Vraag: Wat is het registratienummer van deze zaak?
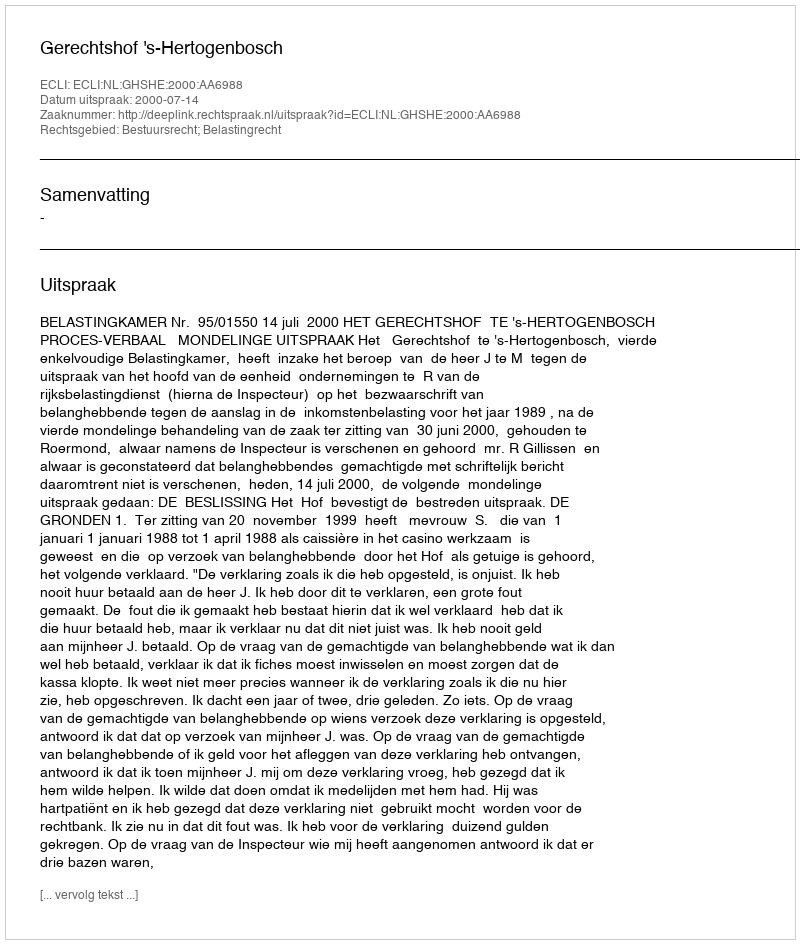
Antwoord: http://deeplink.rechtspraak.nl/uitspraak?id=ECLI:NL:GHSHE:2000:AA6988